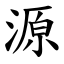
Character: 源